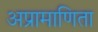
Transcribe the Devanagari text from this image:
अप्रामाणिता